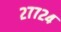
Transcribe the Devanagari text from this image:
२७७२४